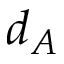
d _ { A }